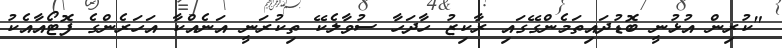
"ކުރިން އުޅުނީ ބޮޑުދައިތަމެންގޭގައި ރާކިޒު ހާދަހާ ސުވާލެކޭ ތިކުރަނީ އަނެއްކާ އަހަރެންގެ ފޮޓޯއާއެކު